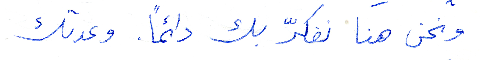
ونحن هنا نفكرّ بك دائمًا. وعدتك